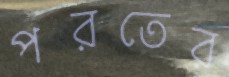
পরতের